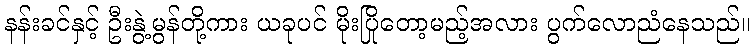
နန်းခင်နှင့် ဦးနွဲ့မွန်တို့ကား ယခုပင် မိုးပြိုတော့မည့်အလား ပွက်လောညံနေသည်။